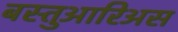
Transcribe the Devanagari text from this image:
बस्तुआरिअस